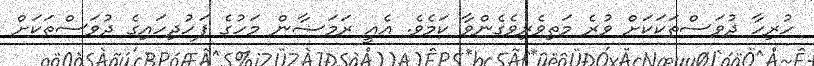
ހުރިހާ ދުވަސްތަކަކަށް ވުރެ މަތިވެރިވެގެންވާ ކަމެވެ. އެއީ ރަމަޟާން މަހުގެ ފަހުދިހައިގެ ދުވަސްތަކަށް